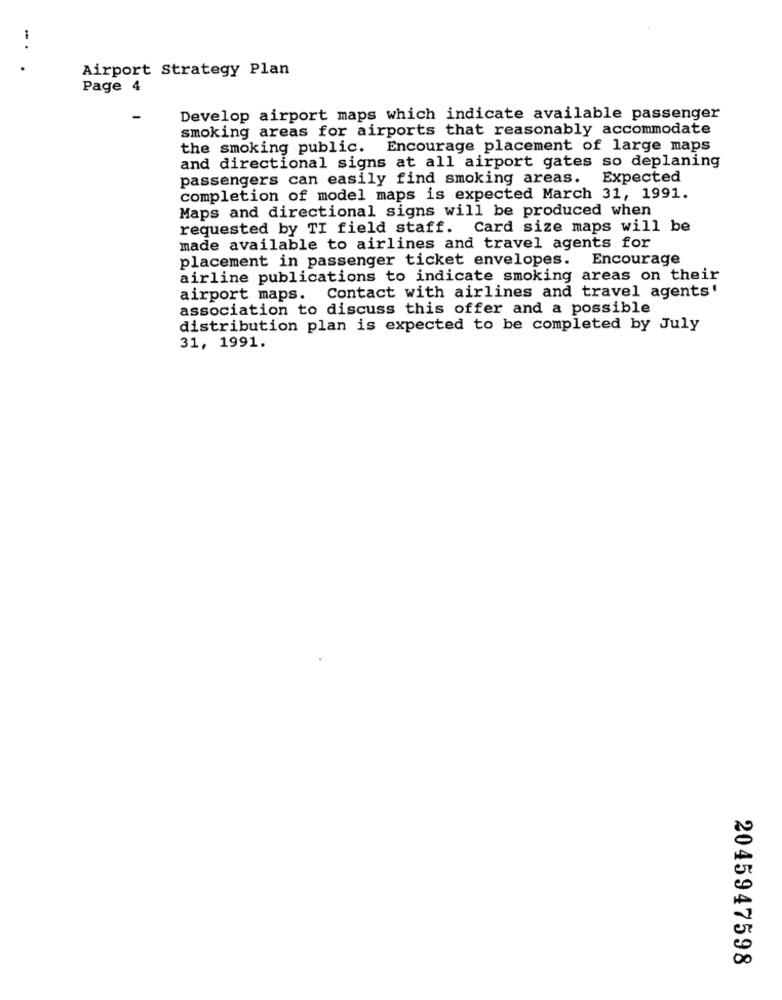
- .
.
Airport Strategy Plan
Page 4
Develop airport maps which indicate available passenger
smoking areas for airports that reasonably accommodate
the smoking public. Encourage placement of large maps
and directional signs at all airport gates so deplaning
passengers can easily find smoking areas.
Expected
completion of model maps is expected March 31, 1991.
Maps and directional signs will be produced when
requested by TI field staff. Card size maps will be
made available to airlines and travel agents for
placement in passenger ticket envelopes.
Encourage
airline publications to indicate smoking areas on their
airport maps. Contact with airlines and travel agents'
association to discuss this offer and a possible
distribution plan is expected to be completed by July
31, 1991.
2045947598